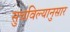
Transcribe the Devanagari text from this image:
सुचविल्यानुसार